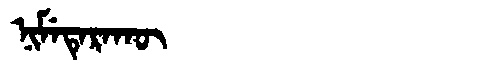
Manchu: ᠨᡳᠮᡝᡨᡝᡵᠠᡴᡡ
Romanization: NIMETERAKŪ